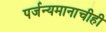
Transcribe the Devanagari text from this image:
पर्जन्यमानाचीही